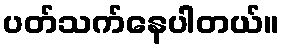
ပတ်သက်နေပါတယ်။